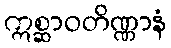
ဣစ္ဆာဝတိဏ္ဏာနံ